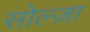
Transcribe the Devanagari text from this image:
सोल्ज़ा